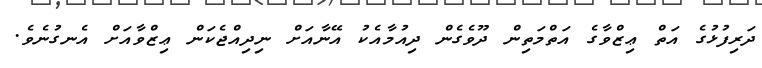
ދަރިފުޅުގެ އަތް ޢިޒްވާގެ އަތްމަތިން ދޫވެގެން ދިއުމާއެކު އޭނާއަށް ނިދިއްޖެކަން ޢިޒްވާއަށް އެނގުނެވެ.